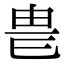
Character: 𤰴